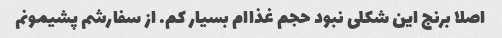
اصلا برنج این شکلی نبود حجم غذاام بسیار کم. از سفارشم پشیمونم